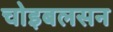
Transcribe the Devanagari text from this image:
चोइबलसन